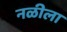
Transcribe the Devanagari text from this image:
नळीला